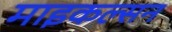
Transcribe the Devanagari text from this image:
माइकल्सन